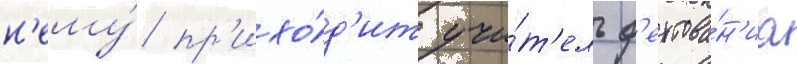
н'ему́ пр'ихо́д'ит учи́т'ель ф'ехтова́н'иа